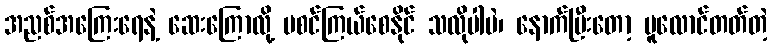
အညစ်အကြေးရေနဲ့ ဆေးကြောလို့ မစင်ကြယ်စေနိုင် သလိုပါပဲ၊ နောက်ပြီးတော့ ပူလောင်တတ်တဲ့